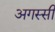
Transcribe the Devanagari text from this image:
अगस्सी